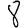
Digit: 8